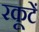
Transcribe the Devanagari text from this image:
रकूटें